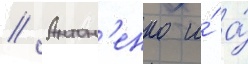
// Антон'енко и́ а́